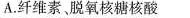
A.纤维素，脱氧核糖核酸